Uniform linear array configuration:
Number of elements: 64
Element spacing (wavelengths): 0.75
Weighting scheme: uniform
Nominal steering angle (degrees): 45
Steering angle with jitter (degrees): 43.979
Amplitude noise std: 0.05
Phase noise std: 0.05

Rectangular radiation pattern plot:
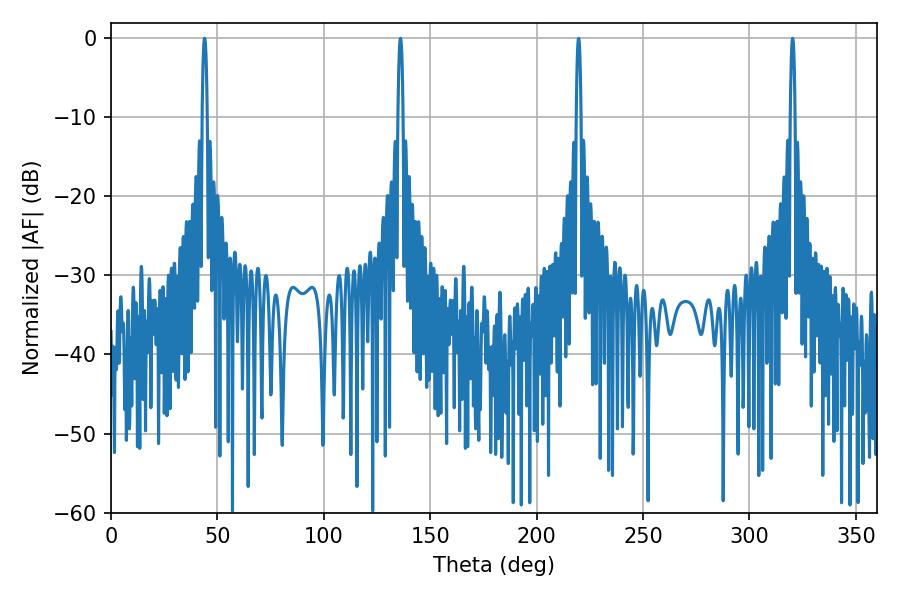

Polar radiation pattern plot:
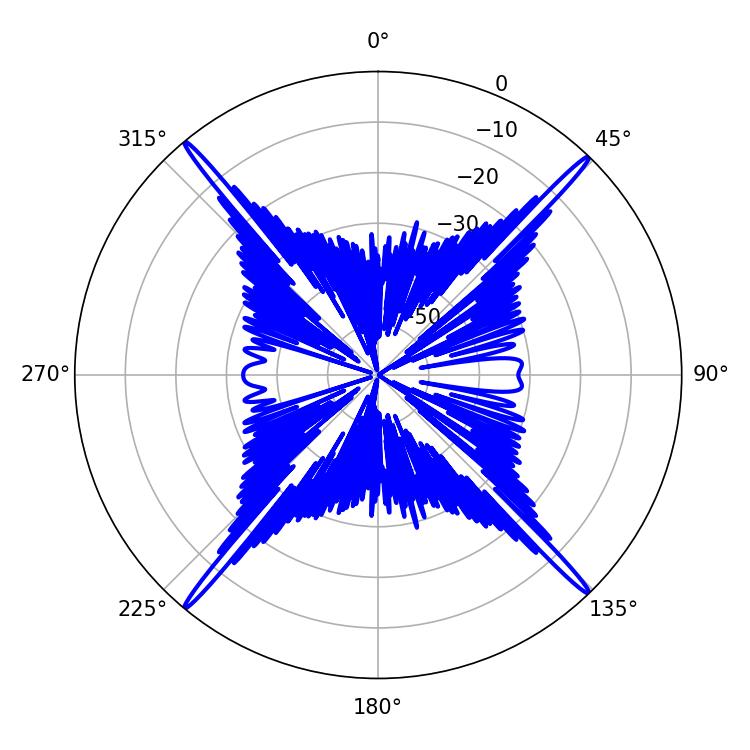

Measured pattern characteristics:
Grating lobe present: TRUE
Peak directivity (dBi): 25.485
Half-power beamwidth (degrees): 1.26
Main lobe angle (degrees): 43.92